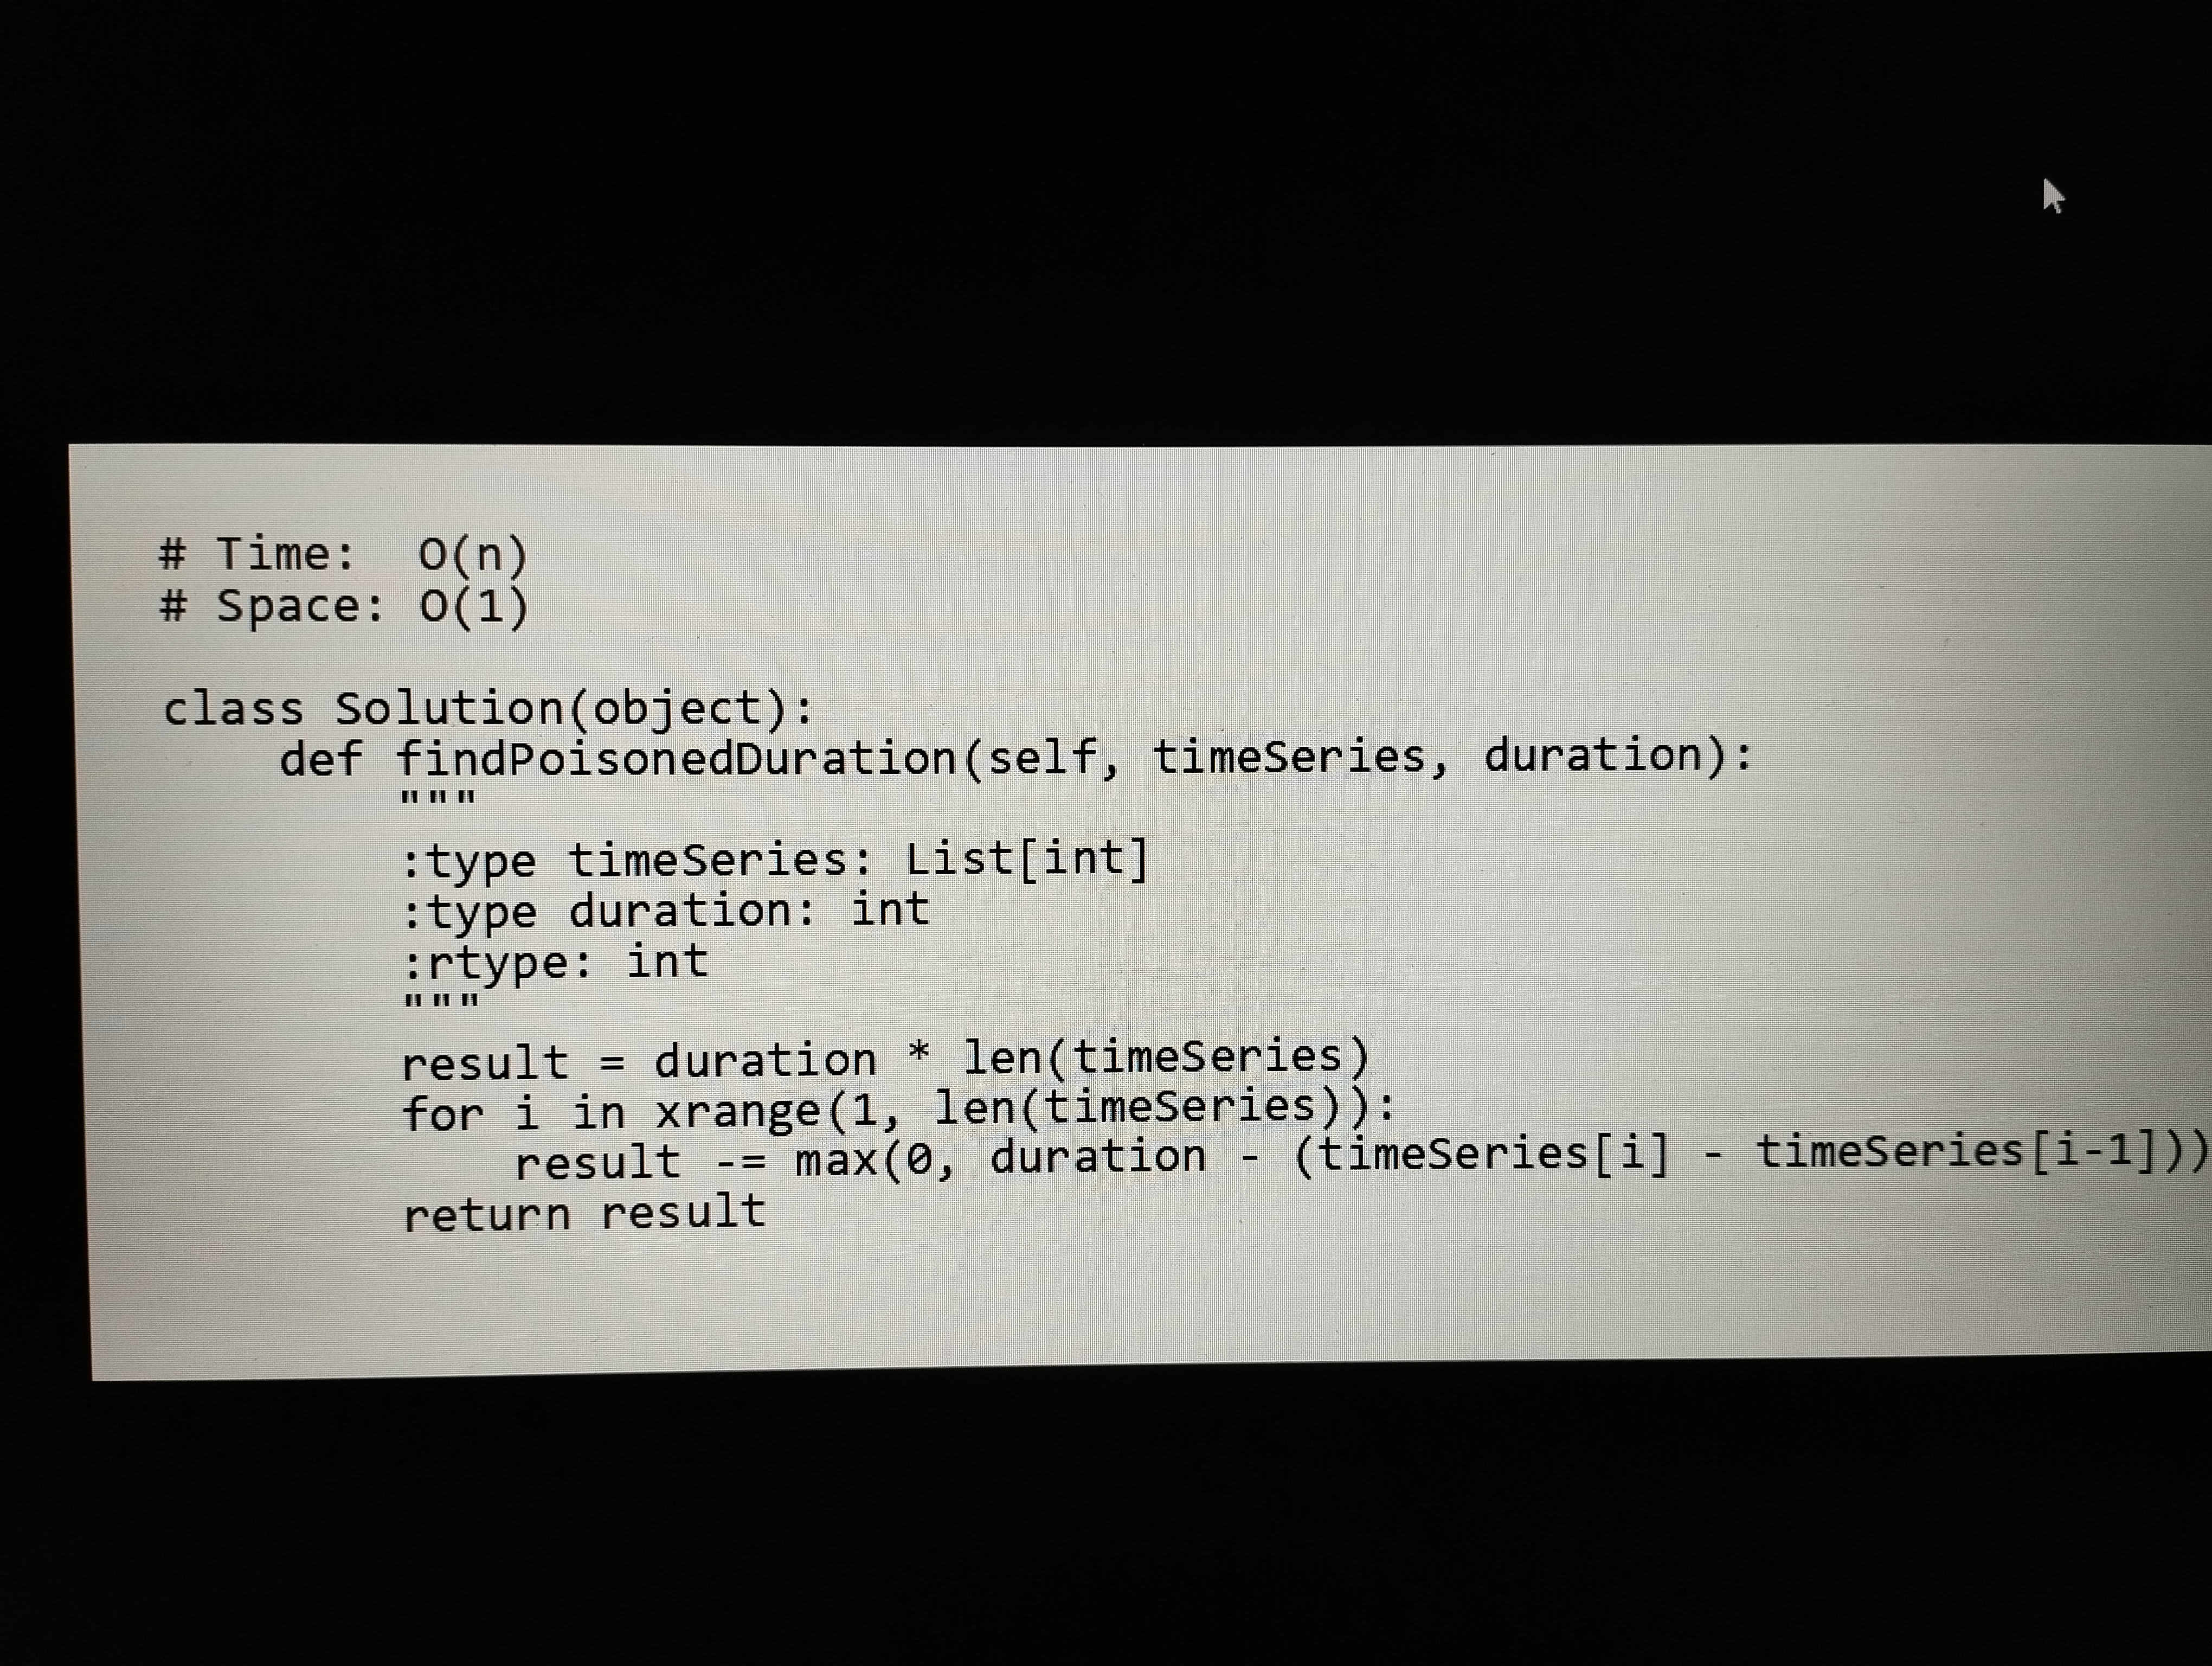
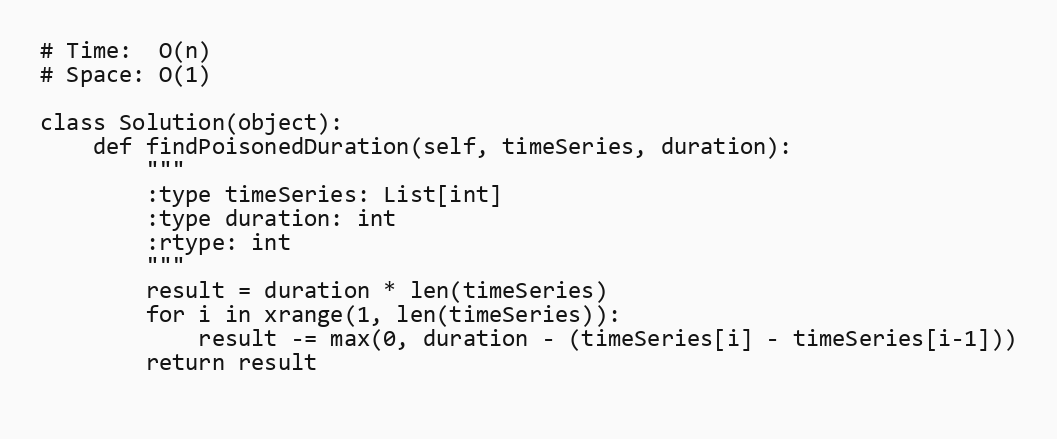
# Time:  O(n)
# Space: O(1)

class Solution(object):
    def findPoisonedDuration(self, timeSeries, duration):
        """
        :type timeSeries: List[int]
        :type duration: int
        :rtype: int
        """
        result = duration * len(timeSeries)
        for i in xrange(1, len(timeSeries)):
            result -= max(0, duration - (timeSeries[i] - timeSeries[i-1]))
        return result